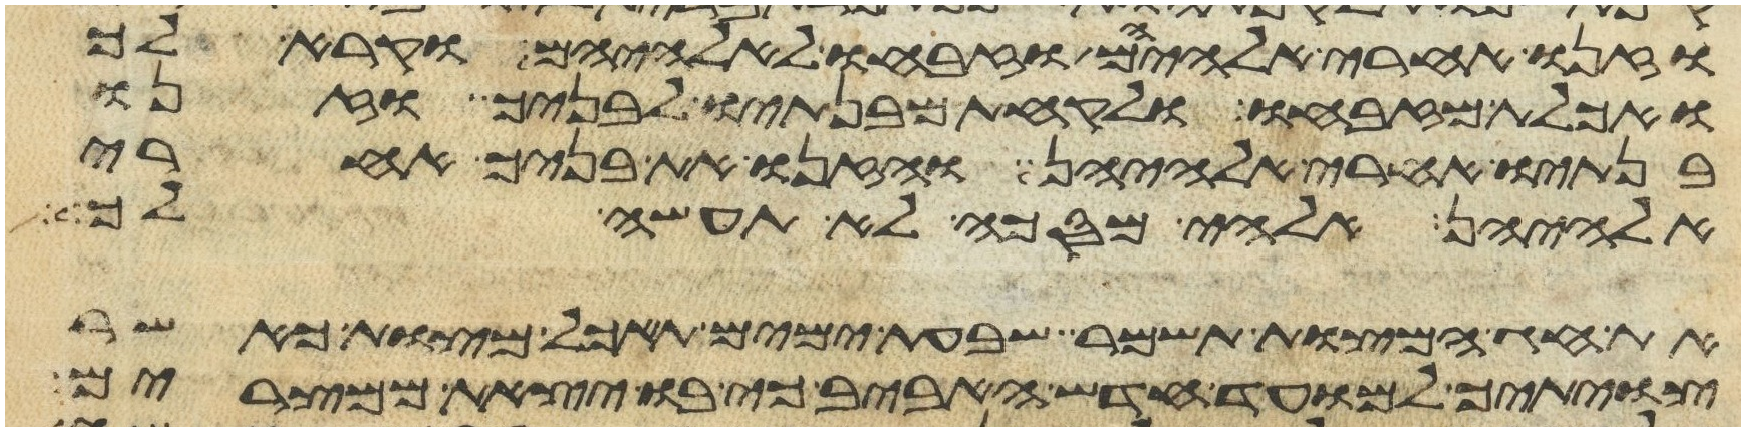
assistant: וזנו אחרי אלהיהם וזבחו לאלהיהם וקרא לך
ואכלת מזבחו ולקחת מבנתיו לבניך וזנו
בנתיו אחרי אלהיהן והזנו את בניך אחרי
אלהיהן אלהי מסכה לא תעשה לך
את חג המצות תשמר שבעת ימים תאכל מצות כאשר
צויתיך למועד חדש האביב כי בו יצאת ממצרים